[Report on the health of British troops in the Madras command]
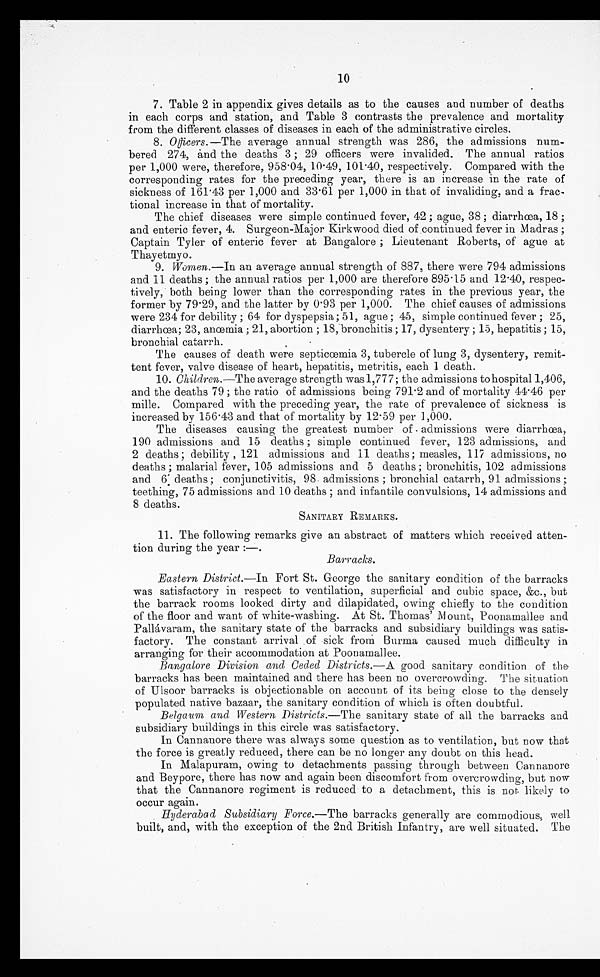
10
7. Table 2 in appendix gives details as to the causes and number of deaths
in each corps and station, and Table 3 contrasts the prevalence and mortality
from the different classes of diseases in each of the administrative circles.
8. Officers. —The average annual strength was 286, the admissions num
-bered 274, and the deaths 3 ; 29 officers were invalided. The annual ratios
per 1,000 were, therefore, 958.04, 10.49, 101.40, respectively. Compared with the
corresponding rates for the preceding year, there is an increase in the rate of
sickness of 161.43 per 1,000 and 33.61 per 1,000 in that of invaliding, and a frac--
tional increase in that of mortality.
The chief diseases were simple continued fever, 42 ; ague, 38 ; diarrhœa, 18 ;
and enteric fever, 4. Surgeon-Major Kirkwood died of .continued fever in Madras ;
Captain Tyler of enteric fever at Bangalore ; Lieutenant Roberts, of ague at
Thayetmyo.
9. Women.—In an average annual strength of 887, there were 794 admissions
and 11 deaths ; the annual ratios per 1,000 are therefore 895.15 and 12.40, respec
-tively, both being lower than the corresponding rates in the previous year, the
former by 79.29, and the latter by 0.93 per 1,000. The chief causes of admissions
were 234 for debility ; 64 for dyspepsia ; 51, ague ; 45, simple continued fever ; 25,
diarrhœa; 23, anœmia ; 21, abortion ; 18, bronchitis ; 17, dysentery ; 15, hepatitis ; 15,
bronchial catarrh.
The causes of death were septicœmia 3, tubercle of lung 3, dysentery, remit
-tent fever, valve disease of heart, hepatitis, metritis, each 1 death.
10. Children.—The average strength was 1,777 ; the admissions to hospital 1,406,
and the deaths 79 ; the ratio of admissions being 791.2 and of mortality 44.46 per
mille. Compared with the preceding year, the rate of prevalence of sickness is
increased by 156.43 and that of mortality by 12.59 per 1,000.
The diseases causing the greatest number of admissions were diarrhœa,
190 admissions and 15 deaths ; simple continued fever, 123 admissions, and
2 deaths ; debility , 121 admissions and 11 deaths ; measles, 117 admissions, no
deaths ; malarial fever, 105 admissions and 5 deaths ; bronchitis, 102 admissions
and 6 deaths ; conjunctivitis, 98 admissions ; bronchial catarrh, 91 admissions
; teething, 75 admissions and 10 deaths ; and infantile convulsions, 14 admissions and
8 deaths.
SANITARY REMARKS.
11. The following remarks give an abstract of matters which received atten--
tion during the year :—.
Barracks.
Eastern District.— In Fort St. George the sanitary condition of the barracks
was satisfactory in respect to ventilation, superficial and cubic space, &c., but
the barrack rooms looked dirty and dilapidated, owing chiefly to the condition
of the floor and want of white-washing. At St. Thomas' Mount, Poonamallee and
Pallávaram, the sanitary state of the barracks and subsidiary buildings was satis
-factory. The constant arrival of sick from Burma caused much difficulty in
arranging for their accommodation at Poonamallee.
Bangalore Division and Ceded Districts.—A. good sanitary condition of the
barracks has been maintained and there has been no overcrowding. The situation
of Ulsoor barracks is objectionable on account of its being close to the densely
populated native bazaar, the sanitary condition of which is often doubtful.
Belgaum and Western Districts.—The sanitary state of all the barracks and
subsidiary buildings in this circle was satisfactory.
In Cannanore there was always some question as to ventilation, but now that
the force is greatly reduced, there can be no longer any doubt on this head.
In Malapuram, owing to detachments passing through between Cannanore
and Beypore, there has now and again been discomfort from overcrowding, but now
that the Cannanore regiment is reduced to a detachment, this is not likely to
occur again.
Hyderabad Subsidiary Force.—The barracks generally are commodious, well
built, and, with the exception of the 2nd British Infantry, are well situated. The